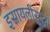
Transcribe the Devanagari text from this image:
इस्रायलीसुद्धा